Lunatic asylums United Provinces 1899-1908 - 1899-1908
Year: 1899
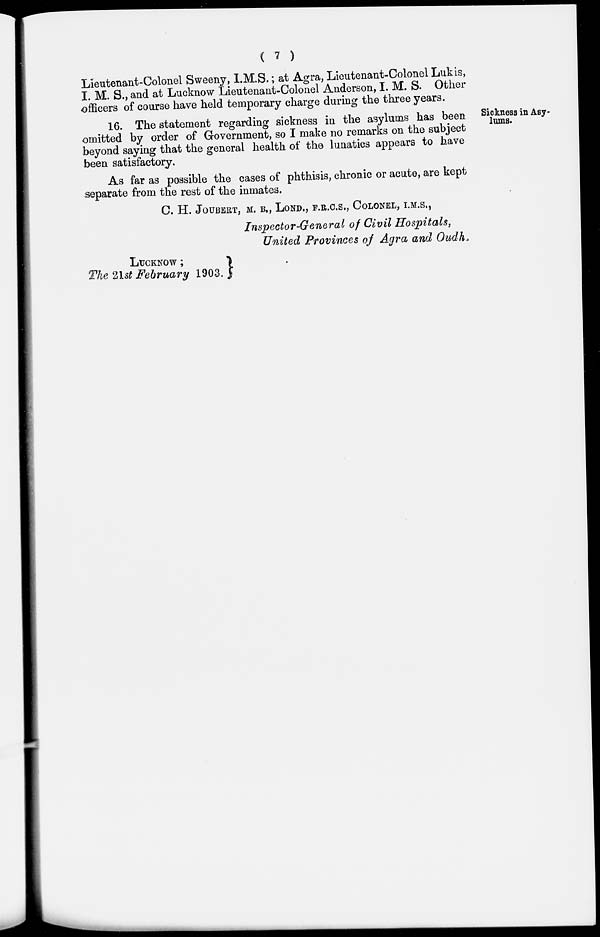
( 7 )
Lieutenant-Colonel Sweeny, I.M.S.; at Agra, Lieutenant-Colonel Lukis,
I. M. S., and at Lucknow Lieutenant-Colonel Anderson, I. M. S. Other
officers of course have held temporary charge during the three years.
Sickness in Asy-
lums.
16. The statement regarding sickness in the asylums has been
omitted by order of Government, so I make no remarks on the subject
beyond saying that the general health of the lunatics appears to have
been satisfactory.
As far as possible the cases of phthisis, chronic or acute, are kept
separate from the rest of the inmates.
C. H. JOUBERT, M. B., LOND., F.R.C.S., COLONEL, I.M.S.,
Inspector-General of Civil Hospitals,
United Provinces of Agra and Oudh.
LUCKNOW;
The 21st February 1903.